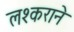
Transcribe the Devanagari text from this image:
लश्कराने